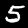
Label: 5